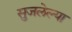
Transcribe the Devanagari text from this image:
सुजलेल्या